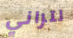
لتراني